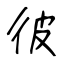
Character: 彼